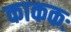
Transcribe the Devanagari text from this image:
काककः